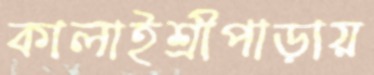
কালাইশ্রীপাড়ায়